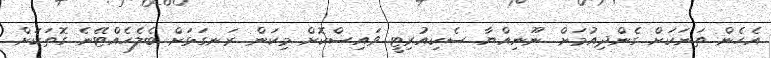
އެހެން ތަނަކަށް ގެންދިއުމަށް. ނޫނިއްޔާ ސެކިއުރިޓީ ވައިސްކޮށް މިކަން ރަނގަޅަށް ބެލެހެއްޓޭނެ ގޮތަކަށް